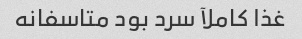
غذا کاملآ سرد بود متاسفانه